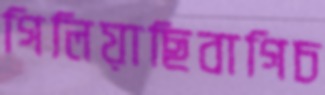
গিলিয়াছিবাগিচ